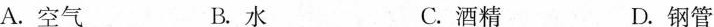
A.空气 B.水 C.酒精 D.钢管